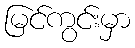
မြင်ကွင်းမှာ